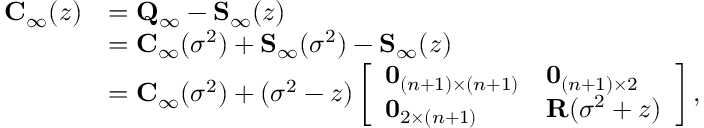
\begin{array} { r l } { { \bf C } _ { \infty } ( z ) } & { = { \bf Q } _ { \infty } - { \bf S } _ { \infty } ( z ) } \\ & { = { \bf C } _ { \infty } ( \sigma ^ { 2 } ) + { \bf S } _ { \infty } ( \sigma ^ { 2 } ) - { \bf S } _ { \infty } ( z ) } \\ & { = { \bf C } _ { \infty } ( \sigma ^ { 2 } ) + ( \sigma ^ { 2 } - z ) \left[ \begin{array} { l l } { { \bf 0 } _ { ( n + 1 ) \times ( n + 1 ) } } & { { \bf 0 } _ { ( n + 1 ) \times 2 } } \\ { { \bf 0 } _ { 2 \times ( n + 1 ) } } & { { \bf R } ( \sigma ^ { 2 } + z ) } \end{array} \right] , } \end{array}